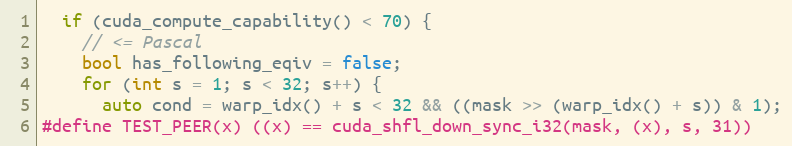
Language: C
  if (cuda_compute_capability() < 70) {
    // <= Pascal
    bool has_following_eqiv = false;
    for (int s = 1; s < 32; s++) {
      auto cond = warp_idx() + s < 32 && ((mask >> (warp_idx() + s)) & 1);
#define TEST_PEER(x) ((x) == cuda_shfl_down_sync_i32(mask, (x), s, 31))